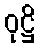
ဝုဋ္ဌိ